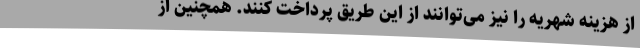
از هزینه شهریه را نیز می‌توانند از این طریق پرداخت کنند. همچنین از